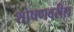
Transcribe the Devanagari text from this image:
शोषणवरील